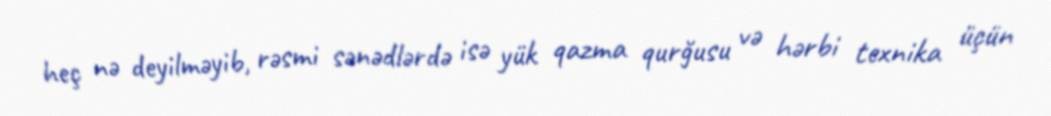
heç nə deyilməyib, rəsmi sənədlərdə isə yük qazma qurğusu və hərbi texnika üçün